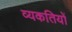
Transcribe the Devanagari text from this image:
व्यकतियों